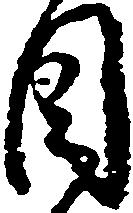
目